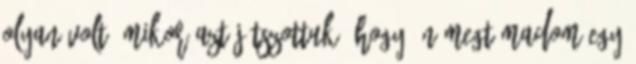
olyan volt, mikor azt játszottuk, hogy én megtámadom egy